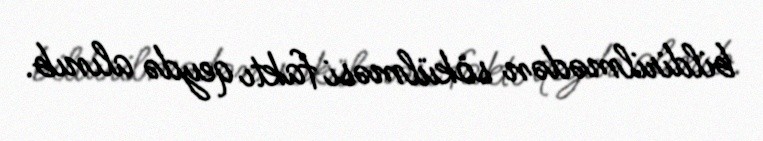
bildirilmədən sökülməsi faktı qeydə alınıb.